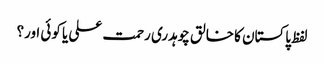
لفظ پاکستان کا خالق چوہدری رحمت علی یا کوئی اور؟